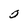
Character: 0